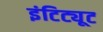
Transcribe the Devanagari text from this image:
इंटिट्यूट